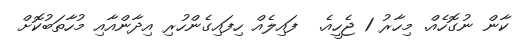
ކާން ނުގޮހެއް. މިހާރު 1 ޖެހީއެ.  ފައިލެއް ހިފައިގެންހުރި އިދާންއާއި މުހާތަބުކޮށް